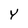
Character: Y